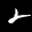
Label: 2